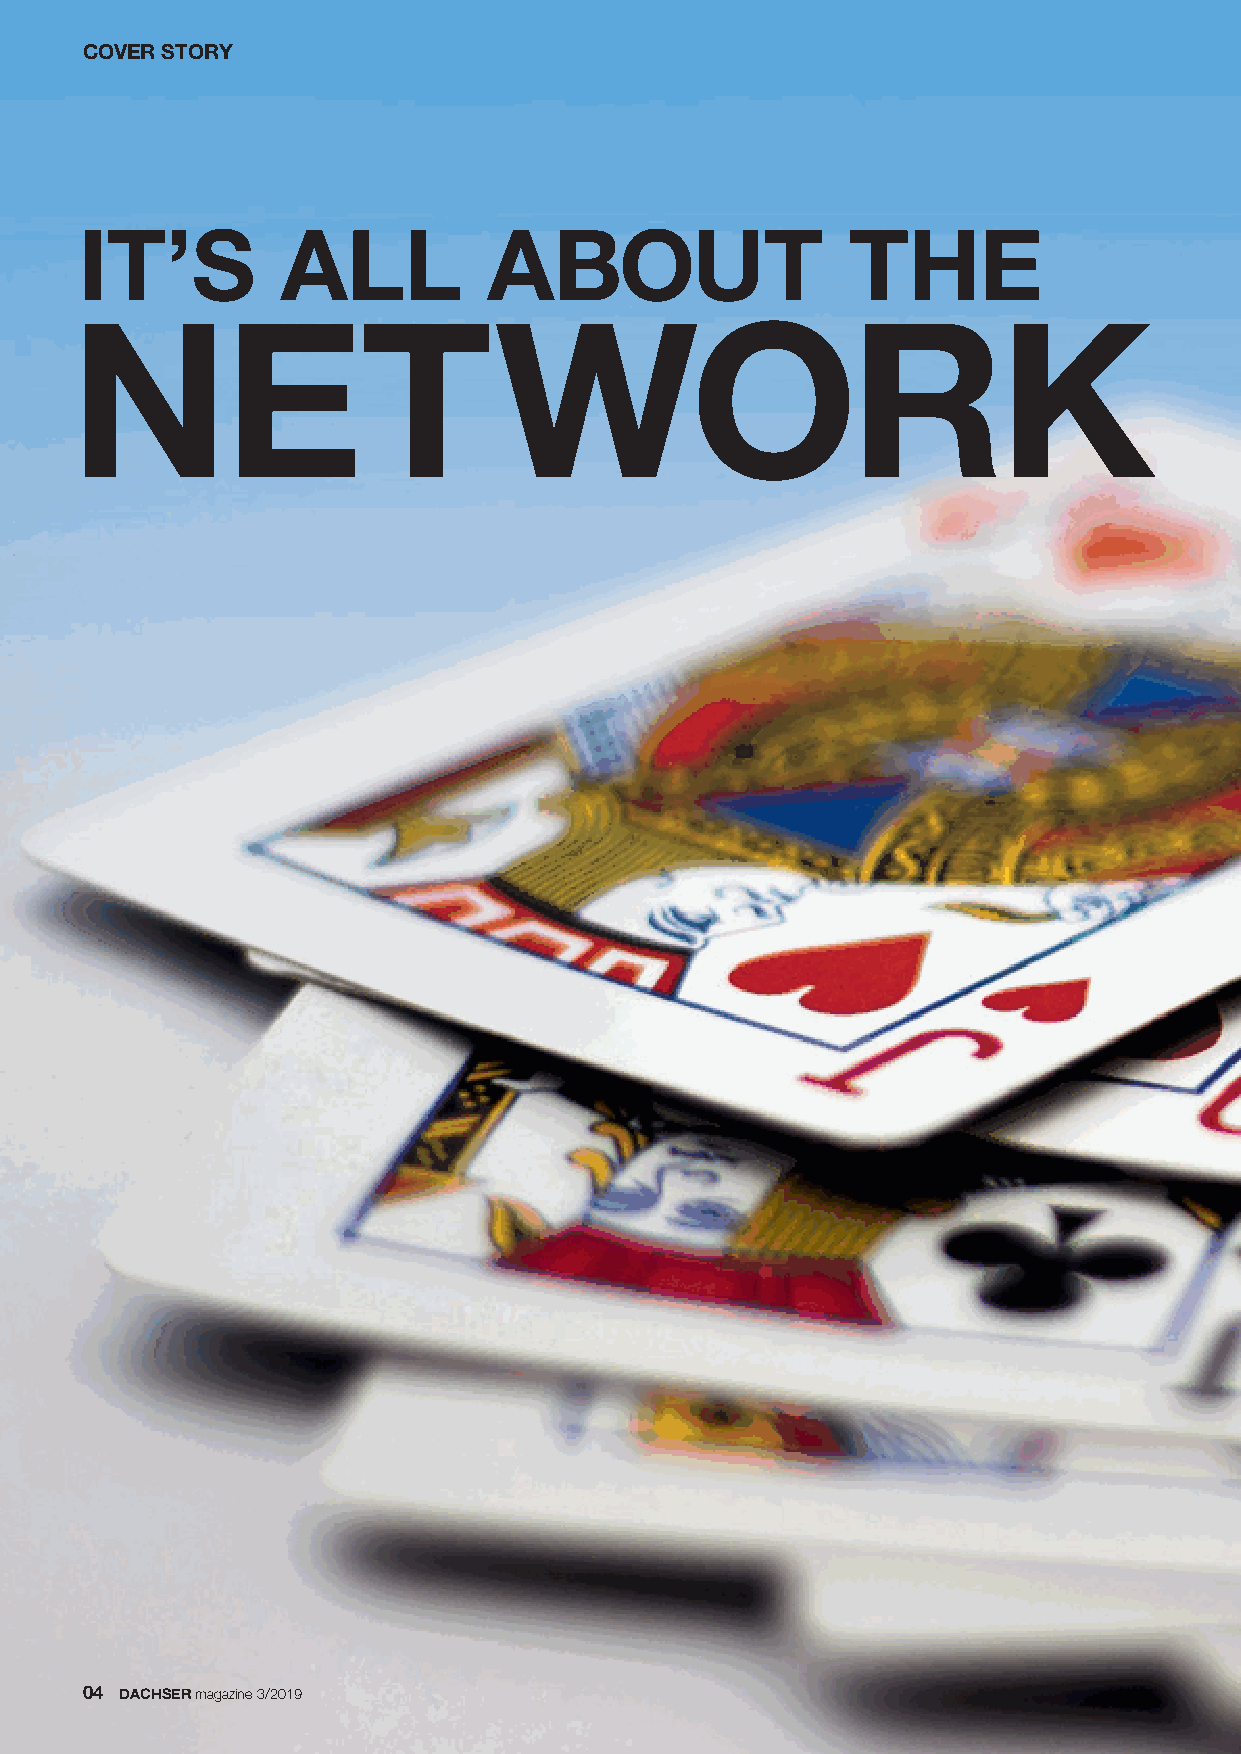
COVER STORY
 IT’S          ALL          ABOUT                   THE
 NETWORK
 04 DACHSERmagazine 3/2019